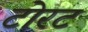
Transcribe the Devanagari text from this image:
टोरट